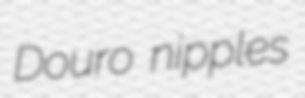
Douro nipples